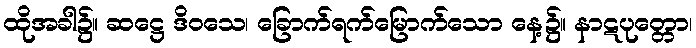
ထိုအခါ၌။ ဆဋ္ဌေ ဒိဝသေ၊ ခြောက်ရက်မြောက်သော နေ့၌။ နာဋပုတ္တော၊